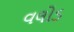
વલોડ